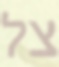
צל